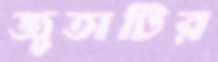
জুতাটির